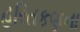
હરિતકણના